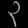
Digit: ၃